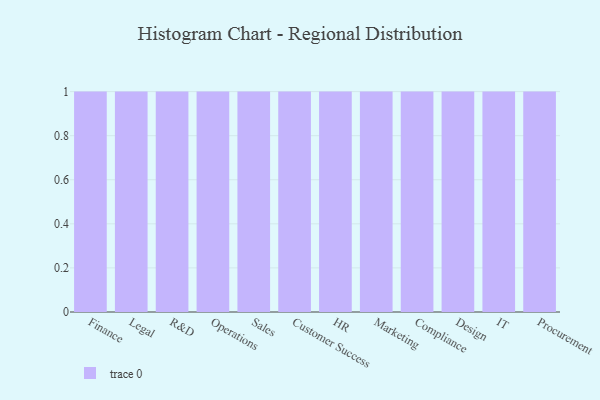
{"axis": {"x": "Department", "y": "Temperature (°C)"}, "legend": [""], "data": [{"x": "Finance", "y": 11, "type": ""}, {"x": "Legal", "y": 22, "type": ""}, {"x": "R&D", "y": 88, "type": ""}, {"x": "Operations", "y": 19, "type": ""}, {"x": "Sales", "y": 67, "type": ""}, {"x": "Customer Success", "y": 66, "type": ""}, {"x": "HR", "y": 39, "type": ""}, {"x": "Marketing", "y": 65, "type": ""}, {"x": "Compliance", "y": 6, "type": ""}, {"x": "Design", "y": 27, "type": ""}, {"x": "IT", "y": 92, "type": ""}, {"x": "Procurement", "y": 76, "type": ""}]}